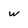
Character: w